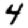
Digit: 4